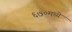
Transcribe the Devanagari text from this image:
६७०मध्ये